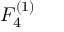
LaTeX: { F } _ { 4 } ^ { ( 1 ) }